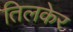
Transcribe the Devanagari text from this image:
तिलकेर